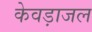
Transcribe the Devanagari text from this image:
केवड़ाजल